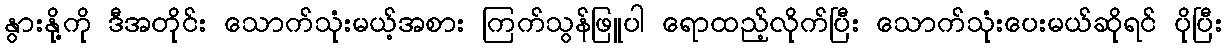
နွားနို့ကို ဒီအတိုင်း သောက်သုံးမယ့်အစား ကြက်သွန်ဖြူပါ ရောထည့်လိုက်ပြီး သောက်သုံးပေးမယ်ဆိုရင် ပိုပြီး